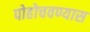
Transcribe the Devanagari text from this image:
पोहोचवण्यास